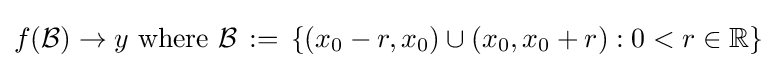
f({\mathcal {B}})\to y{\text{ where }}{\mathcal {B}}\,:=\,\left\{\left(x_{0}-r,x_{0}\right)\cup \left(x_{0},x_{0}+r\right):0<r\in \mathbb {R} \right\}